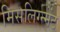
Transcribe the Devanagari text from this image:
मिसलिग्न्मेंट